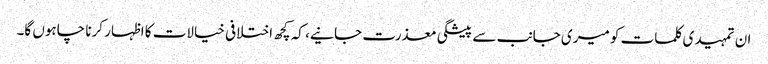
ان تمہیدی کلمات کو میری جانب سے پیشگی معذرت جانیے، کہ کچھ اختلافی خیالات کا اظہار کرنا چاہوں گا۔